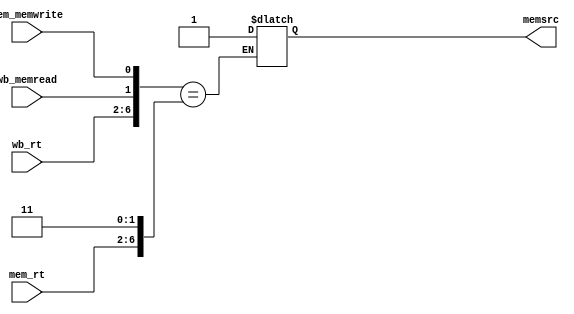
`timescale 1ns / 1ps
//////////////////////////////////////////////////////////////////////////////////
// Company: 
// Engineer: 
// 
// Design Name: 
// Module Name: lwsw
// Project Name: 
// Target Devices: 
// Tool Versions: 
// Description: 
// 
// Dependencies: 
// 
// Revision:
// Revision 0.01 - File Created
// Additional Comments:
// 
//////////////////////////////////////////////////////////////////////////////////


module lwsw(memsrc,wb_rt,mem_rt,wb_memread,mem_memwrite);
input wb_memread,mem_memwrite;
input [4:0] wb_rt,mem_rt;
output memsrc; 

reg memsrc;

initial
   memsrc=0;

always @(wb_rt,mem_rt,wb_memread,mem_memwrite)
   if ({wb_rt,wb_memread,mem_memwrite}=={mem_rt,1'b1,1'b1})
      memsrc=1;
endmodule